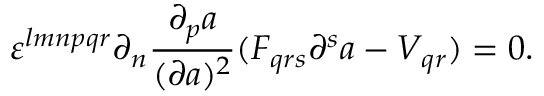
\varepsilon ^ { l m n p q r } \partial _ { n } { \frac { \partial _ { p } a } { ( \partial a ) ^ { 2 } } } ( F _ { q r s } \partial ^ { s } a - { \cal V } _ { q r } ) = 0 .